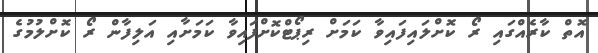
އޮތް ކާރެއްގައި ރޯ ކޮށްލައިފައިވާ ކަމަށް ރިޕޯޓްކޮށްފައިވާ ކަމަށާއި އަލިފާން ރޯ ކޮށްލުމުގެ